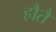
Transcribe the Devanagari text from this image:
हौतै